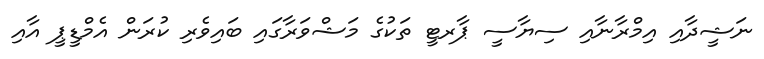
ނަޝީދާއި އިމްރާނާއި ސިޔާސީ ޕާރޓީ ތަކުގެ މަޝްވަރާގައި ބައިވެރި ކުރަން އެމްޑީޕީ އާއި